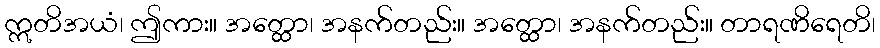
ဣတိအယံ၊ ဤကား။ အတ္ထော၊ အနက်တည်း။ အတ္ထော၊ အနက်တည်း။ တာရဏိရေတိ၊